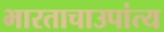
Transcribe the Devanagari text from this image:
भारताचाउपांत्य